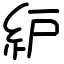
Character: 䋆